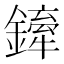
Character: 𨬨